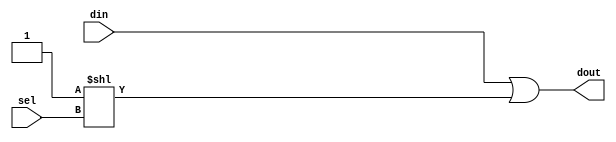

module set_64_1 (input [6-1:0] sel, input [64-1:0] din, output reg [64-1:0] dout);
  always @* begin dout = din; dout = dout |  (1 << sel); end
endmodule